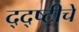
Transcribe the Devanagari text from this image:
द्द्ष्टीचे